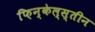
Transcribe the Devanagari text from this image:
फ़िन्केल्स्तीन